Problem: 2 × 7 = ?
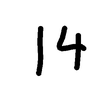
Handwritten answer: 14